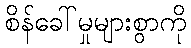
စိန်ခေါ်မှုများစွာကို